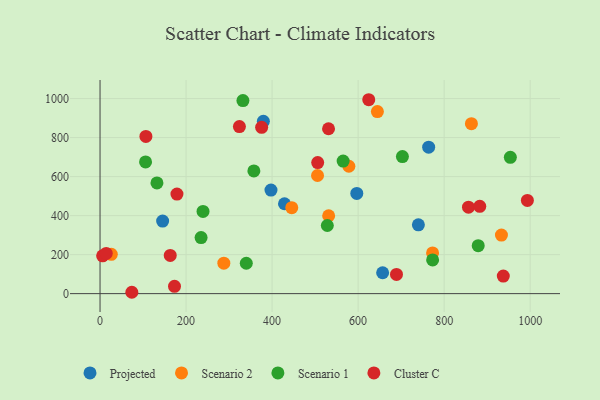
{"axis": {"x": "Distance", "y": "Salary"}, "legend": ["Cluster C", "Projected", "Scenario 1", "Scenario 2"], "data": [{"x": "764.0", "y": 751.1, "type": "Projected"}, {"x": "428.8", "y": 460.9, "type": "Projected"}, {"x": "657.0", "y": 107.0, "type": "Projected"}, {"x": "740.1", "y": 352.8, "type": "Projected"}, {"x": "145.5", "y": 372.2, "type": "Projected"}, {"x": "596.9", "y": 513.5, "type": "Projected"}, {"x": "397.4", "y": 530.9, "type": "Projected"}, {"x": "379.7", "y": 883.3, "type": "Projected"}, {"x": "863.4", "y": 871.5, "type": "Scenario 2"}, {"x": "287.8", "y": 156.1, "type": "Scenario 2"}, {"x": "644.8", "y": 933.1, "type": "Scenario 2"}, {"x": "933.2", "y": 300.1, "type": "Scenario 2"}, {"x": "26.2", "y": 201.8, "type": "Scenario 2"}, {"x": "773.1", "y": 208.6, "type": "Scenario 2"}, {"x": "531.5", "y": 399.2, "type": "Scenario 2"}, {"x": "445.7", "y": 440.7, "type": "Scenario 2"}, {"x": "578.5", "y": 653.0, "type": "Scenario 2"}, {"x": "505.6", "y": 605.7, "type": "Scenario 2"}, {"x": "234.9", "y": 287.4, "type": "Scenario 1"}, {"x": "332.2", "y": 989.6, "type": "Scenario 1"}, {"x": "565.2", "y": 679.7, "type": "Scenario 1"}, {"x": "773.2", "y": 172.9, "type": "Scenario 1"}, {"x": "528.4", "y": 349.4, "type": "Scenario 1"}, {"x": "879.2", "y": 245.8, "type": "Scenario 1"}, {"x": "953.9", "y": 698.8, "type": "Scenario 1"}, {"x": "132.3", "y": 567.8, "type": "Scenario 1"}, {"x": "105.8", "y": 675.4, "type": "Scenario 1"}, {"x": "340.0", "y": 155.7, "type": "Scenario 1"}, {"x": "357.6", "y": 629.2, "type": "Scenario 1"}, {"x": "703.0", "y": 702.9, "type": "Scenario 1"}, {"x": "239.4", "y": 421.6, "type": "Scenario 1"}, {"x": "689.2", "y": 98.5, "type": "Cluster C"}, {"x": "624.7", "y": 994.1, "type": "Cluster C"}, {"x": "506.0", "y": 671.7, "type": "Cluster C"}, {"x": "6.0", "y": 194.1, "type": "Cluster C"}, {"x": "106.6", "y": 805.8, "type": "Cluster C"}, {"x": "937.5", "y": 90.0, "type": "Cluster C"}, {"x": "324.0", "y": 856.6, "type": "Cluster C"}, {"x": "163.2", "y": 196.0, "type": "Cluster C"}, {"x": "178.8", "y": 510.3, "type": "Cluster C"}, {"x": "14.4", "y": 206.2, "type": "Cluster C"}, {"x": "856.6", "y": 443.5, "type": "Cluster C"}, {"x": "882.8", "y": 447.8, "type": "Cluster C"}, {"x": "173.1", "y": 37.6, "type": "Cluster C"}, {"x": "375.7", "y": 852.6, "type": "Cluster C"}, {"x": "73.9", "y": 7.0, "type": "Cluster C"}, {"x": "531.2", "y": 845.3, "type": "Cluster C"}, {"x": "993.5", "y": 477.9, "type": "Cluster C"}]}